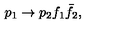
p _ { 1 } \to p _ { 2 } f _ { 1 } \bar { f } _ { 2 } ,